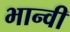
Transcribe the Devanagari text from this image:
भान्वी